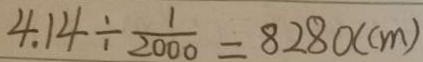
4 . 1 4 \div \frac { 1 } { 2 0 0 0 } = 8 2 8 0 ( c m )